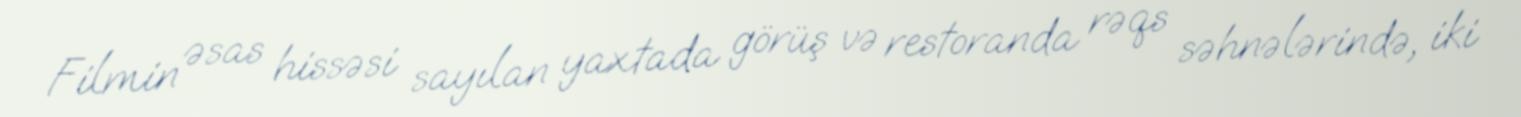
Filmin əsas hissəsi sayılan yaxtada görüş və restoranda rəqs səhnələrində, iki